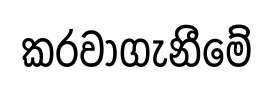
කරවාගැනීමේ